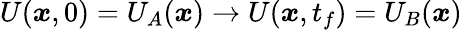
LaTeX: U({\boldsymbol{x}},0)=U_{A}({\boldsymbol{x}})\rightarrow U({\boldsymbol{x}},t_{f})=U_{B}({\boldsymbol{x}})